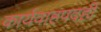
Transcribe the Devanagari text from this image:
कार्यवाहपदही